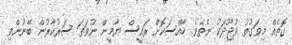
ގޮތެއް މިވަގުތު ވުޖޫދަކު ނެތެވެ. ހާއްސަކޮށް ރައީސް ޔާމީން ނުވަތަ ސަރުކާރުން ބޭނުންވި